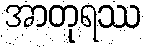
အာတုရဿ